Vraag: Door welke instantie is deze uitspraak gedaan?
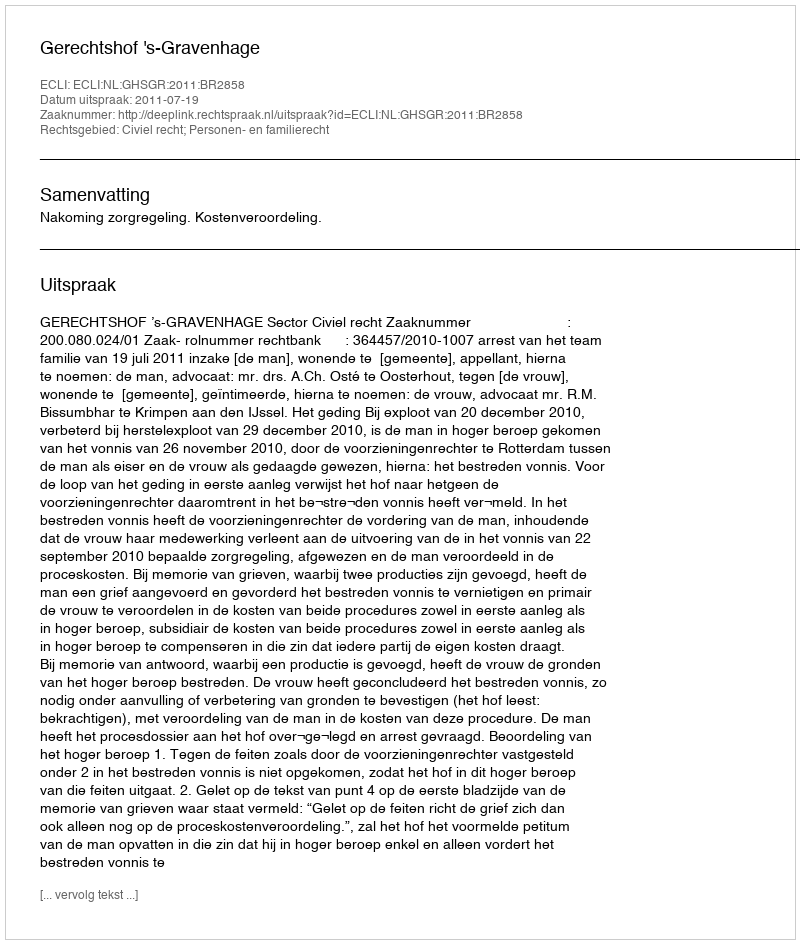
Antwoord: Gerechtshof 's-Gravenhage